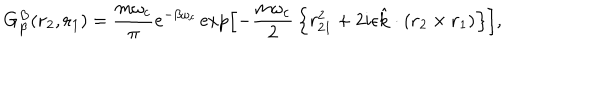
G _ { \beta } ^ { B } ( \mathrm { \bf r } _ { 2 } , \mathrm { \bf r } _ { 1 } ) = { \frac { m \omega _ { c } } { \pi } } e ^ { - \beta \omega _ { c } } \exp \left[ - { \frac { m \omega _ { c } } { 2 } } \left\{ r _ { 2 1 } ^ { 2 } + 2 i \epsilon \hat { \mathrm { \bf k } } \cdot ( \mathrm { \bf r } _ { 2 } \times \mathrm { \bf r } _ { 1 } ) \right\} \right] ,